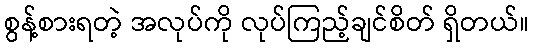
စွန့်စားရတဲ့ အလုပ်ကို လုပ်ကြည့်ချင်စိတ် ရှိတယ်။